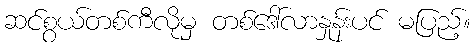
ဆင်စွယ်တစ်ကီလိုမှ တစ်ဒေါ်လာနှုန်းပင် မပြည့်။